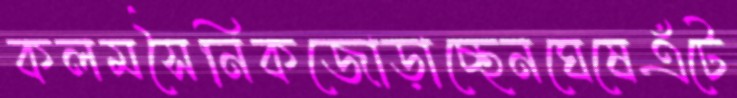
কলমসৈনিকজোড়াচ্ছেনঘেষেএঁটে